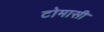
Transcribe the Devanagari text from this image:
टोमासी